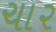
ચા૨